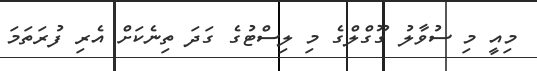
މިއީ މި ސުވާލު ގޫގްލްގެ މި ލިސްޓުގެ ގަދަ ތިނެކަށް އެރި ފުރަތަމަ